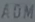
AOM